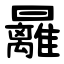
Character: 㒿